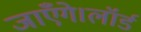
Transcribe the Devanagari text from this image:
जाएँगे।लॉर्ड